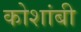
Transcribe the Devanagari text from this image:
कोशांबी